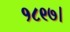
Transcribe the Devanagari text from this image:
१८९७।